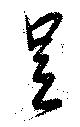
足